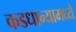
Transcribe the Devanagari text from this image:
कडधान्यामध्ये